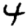
Digit: 4